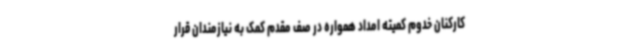
کارکنان خدوم کمیته امداد همواره در صف مقدم کمک به نیازمندان قرار